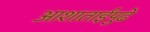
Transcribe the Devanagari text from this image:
आशाताईंपुढे